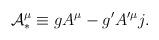
LaTeX: \begin{align*}{\cal A}_{\ast}^{\mu} \equiv g A^{\mu} - g' A'^{\mu} j.\end{align*}